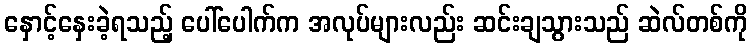
နှောင့်နှေးခဲ့ရသည့် ပေါ်ပေါက်က အလုပ်များလည်း ဆင်းချသွားသည် ဆဲလ်တစ်ကို